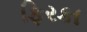
ફિરકા